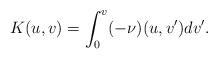
LaTeX: \begin{align*} K(u,v)=\int_0^v(-\nu)(u,v')dv'.\end{align*}